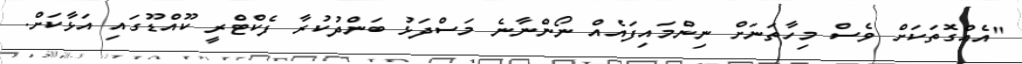
"އެއްގޮތަކަށް ވެސް މިހާތަނަށް ނިންމައިފައެއް ނޯންނާނެ މަސްދަޅު ބަންދުކުރާ ފެކްޓްރީ ކޫއްޑޫގައި އަޅާކަށް.